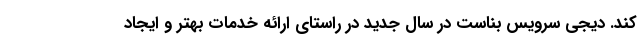
کند. دیجی سرویس بناست در سال جدید در راستای ارائه خدمات بهتر و ایجاد